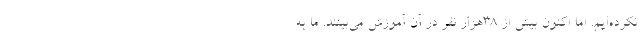
نکرده‌ایم. اما اکنون بیش از ۳۸هزار نفر در آن آموزش می‌بینند. ما به